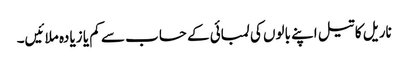
ناریل کا تیل اپنے بالوں کی لمبائی کے حساب سے کم یا زیادہ ملائیں۔